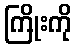
ကြိုးကို